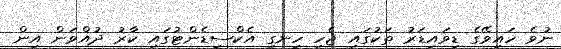
ނުވެ ހައިވޭގެ ޑިވައިޑަރު ތަކުގައި ޖެހި ހިނގި އެކްސިޑެންޓުގައި ކާރު ދުއްވަން އިން